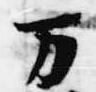
万